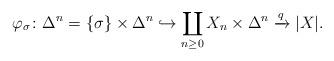
LaTeX: \begin{align*}\varphi_\sigma\colon \Delta^n = \{\sigma\}\times \Delta^n\hookrightarrow \coprod_{n\ge 0} X_n \times \Delta^n \xrightarrow{q}|X|.\end{align*}